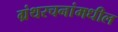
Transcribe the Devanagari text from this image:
ग्रंथरचनांमधील